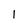
Character: 1